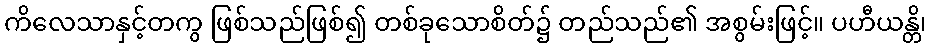
ကိလေသာနှင့်တကွ ဖြစ်သည်ဖြစ်၍ တစ်ခုသောစိတ်၌ တည်သည်၏ အစွမ်းဖြင့်။ ပဟီယန္တိ၊